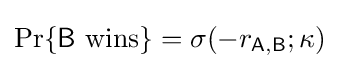
\Pr\{{\mathsf {B}}~{\textrm {wins}}\}=\sigma (-r_{\mathsf {A,B}};\kappa )